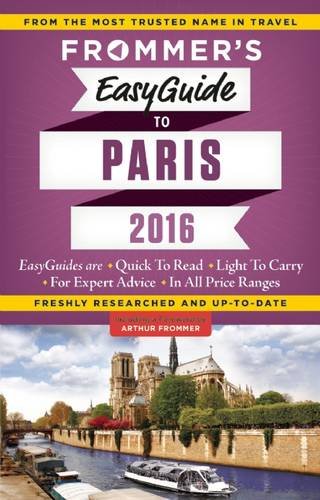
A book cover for Frommer's EasyGuide to Paris 2016; Margie Rynn; Travel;